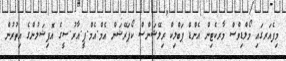
މިފެއަރގައި މޯލްޑިވްސް މާރކެޓިން އެންޑް ޕަބްލިކް ރިލޭޝަންސް ކޯޕަރޭޝަން އެމް.އެމް.ޕީ.އާރު.ސީގެ އޮފިޝަލުންގެ އިތުރުން